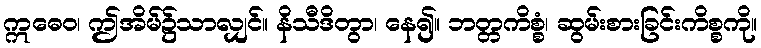
ဣဓေဝ၊ ဤအိမ်၌သာလျှင်။ နိသီဒိတွာ၊ နေ၍။ ဘတ္တကိစ္စံ၊ ဆွမ်းစားခြင်းကိစ္စကို။